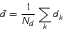
\bar { d } = \frac { 1 } { N _ { d } } \sum _ { k } d _ { k }